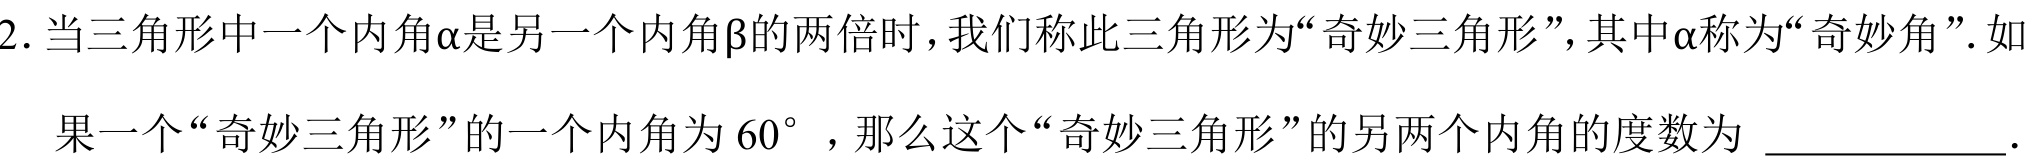
2. 当三角形中一个内角\(\alpha\)是另一个内角\(\beta\)的两倍时，我们称此三角形为“奇妙三角形”，其中\(\alpha\)称为“奇妙角”. 如
果一个“奇妙三角形”的一个内角为\(60^{\circ}\)，那么这个“奇妙三角形”的另两个内角的度数为 \(\underline{\quad\quad}\).